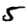
Digit: 5